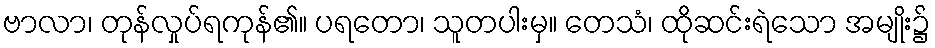
ဗာလာ၊ တုန်လှုပ်ရကုန်၏။ ပရတော၊ သူတပါးမှ။ တေသံ၊ ထိုဆင်းရဲသော အမျိုး၌